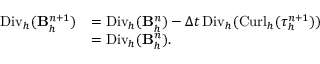
\begin{array} { r l } { { \mathrm { D i v } _ { h } } ( \mathbf B _ { h } ^ { n + 1 } ) } & { = { \mathrm { D i v } _ { h } } ( \mathbf B _ { h } ^ { n } ) - \Delta t \, { \mathrm { D i v } _ { h } } ( { \mathrm { C u r l } _ { h } } ( \boldsymbol { \tau } _ { h } ^ { n + 1 } ) ) } \\ & { = { \mathrm { D i v } _ { h } } ( \mathbf B _ { h } ^ { n } ) . } \end{array}